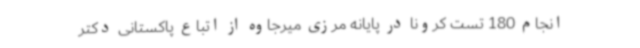
انجام 180 تست کرونا در پایانه مرزی میرجاوه از اتباع پاکستانی دکتر